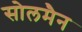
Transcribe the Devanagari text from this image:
सोलमैन